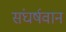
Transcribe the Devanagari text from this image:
संघर्षवान